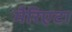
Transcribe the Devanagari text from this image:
मैरिएटा